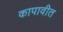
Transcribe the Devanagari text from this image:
कापावीत